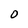
Character: 0